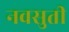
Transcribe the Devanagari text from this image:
नवसुती